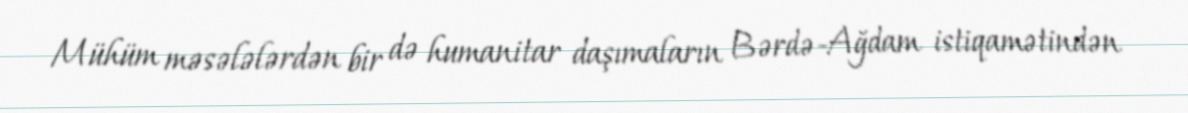
Mühüm məsələlərdən bir də humanitar daşımaların Bərdə-Ağdam istiqamətindən